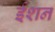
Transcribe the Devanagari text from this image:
ईशन